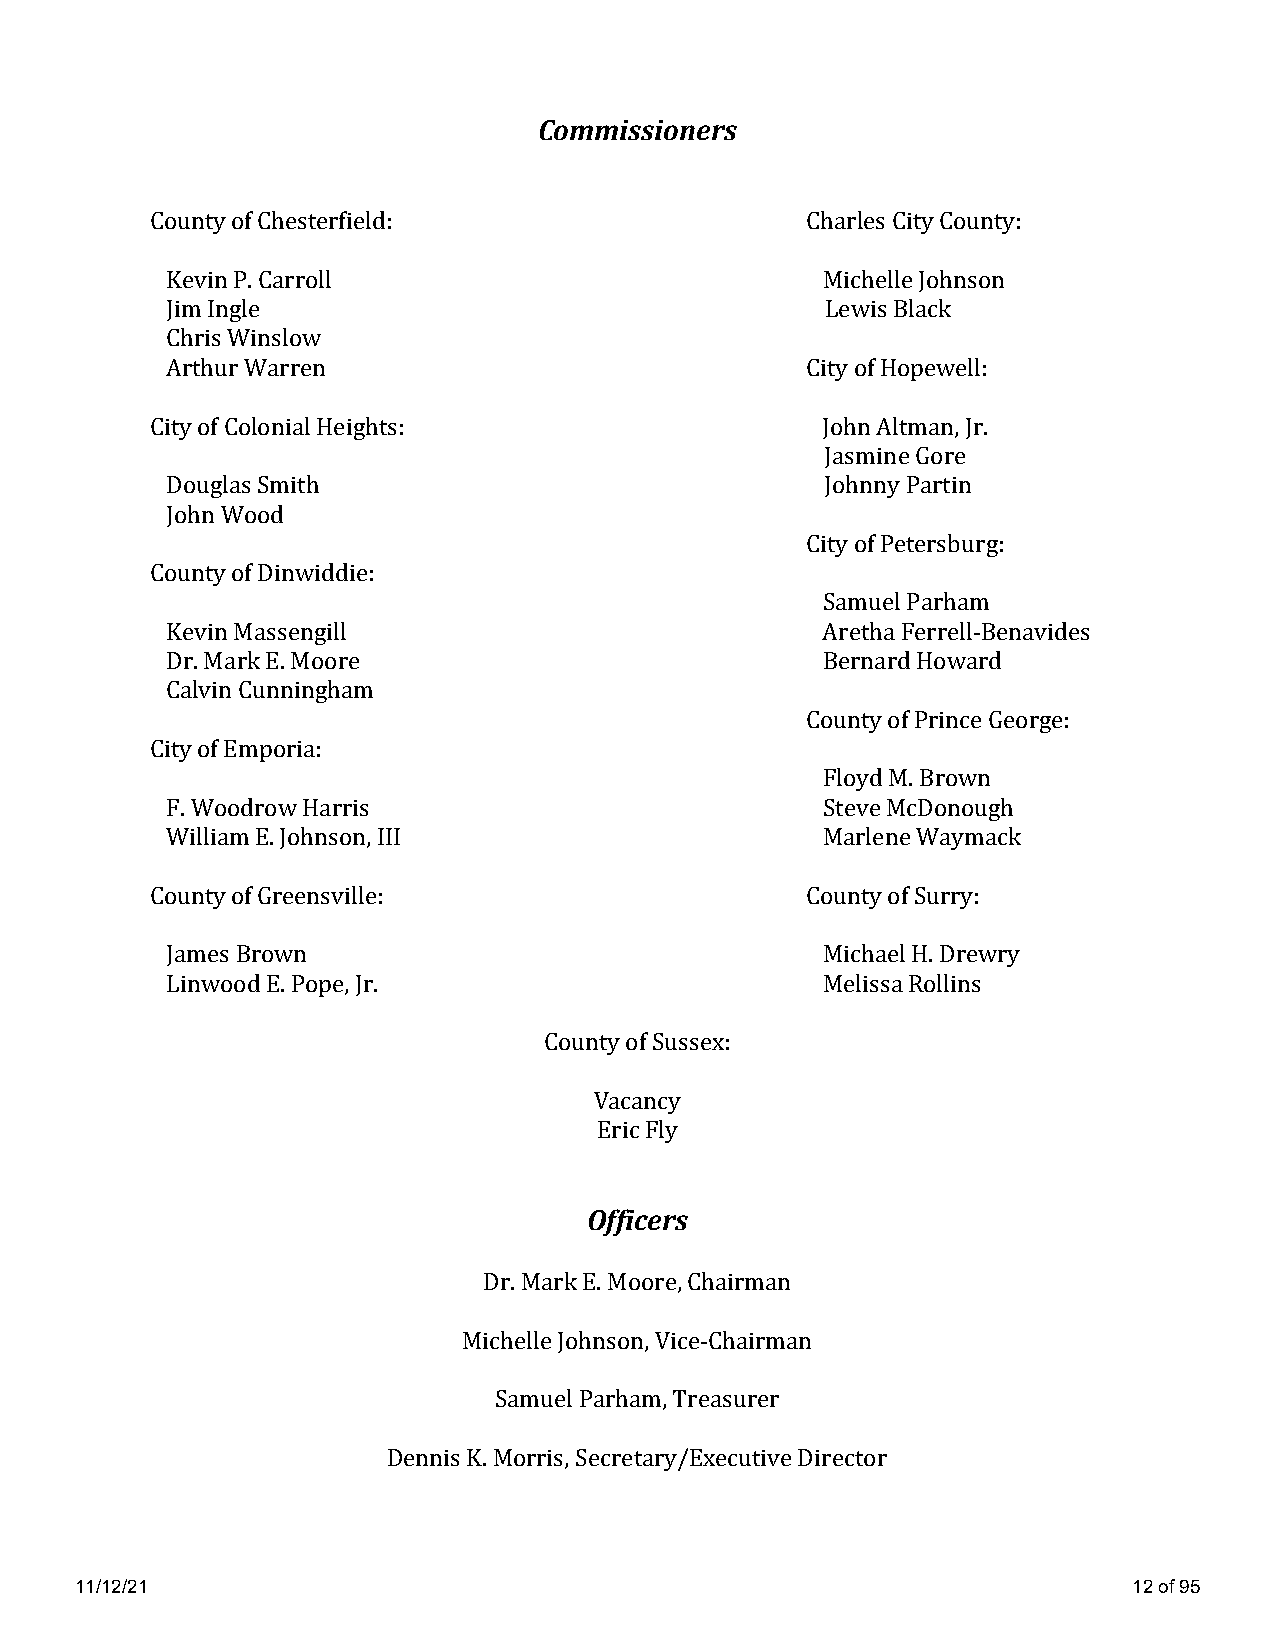
Commissioners
 County of Chesterfield:                    Charles City County:
 Kevin P. Carroll                           Michelle Johnson
 Jim Ingle                                   Lewis Black
 Chris Winslow
 Arthur Warren                             City of Hopewell:
 City of Colonial Heights:                   John Altman, Jr.
 Jasmine Gore
 Douglas Smith                               Johnny Partin
 John Wood
 City of Petersburg:
 County of Dinwiddie:
 Samuel Parham
 Kevin Massengill                           Aretha Ferrell-Benavides
 Dr. Mark E. Moore                          Bernard Howard
 Calvin Cunningham
 County of Prince George:
 City of Emporia:
 Floyd M. Brown
 F. Woodrow Harris                          Steve McDonough
 William E. Johnson, III                    Marlene Waymack
 County of Greensville:                     County of Surry:
 James Brown                                Michael H. Drewry
 Linwood E. Pope, Jr.                       Melissa Rollins
 County of Sussex:
 Vacancy
 Eric Fly
 Officers
 Dr. Mark E. Moore, Chairman
 Michelle Johnson, Vice-Chairman
 Samuel Parham, Treasurer
 Dennis K. Morris, Secretary/Executive Director
 11/12/21                                                              12 of 95